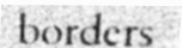
borders